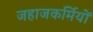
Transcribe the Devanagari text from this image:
जहाजकर्मियों